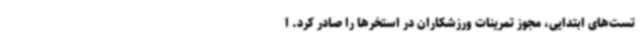
تست‌های ابتدایی، مجوز تمرینات ورزشکاران در استخرها را صادر کرد. ا